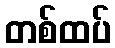
တစ်ထပ်